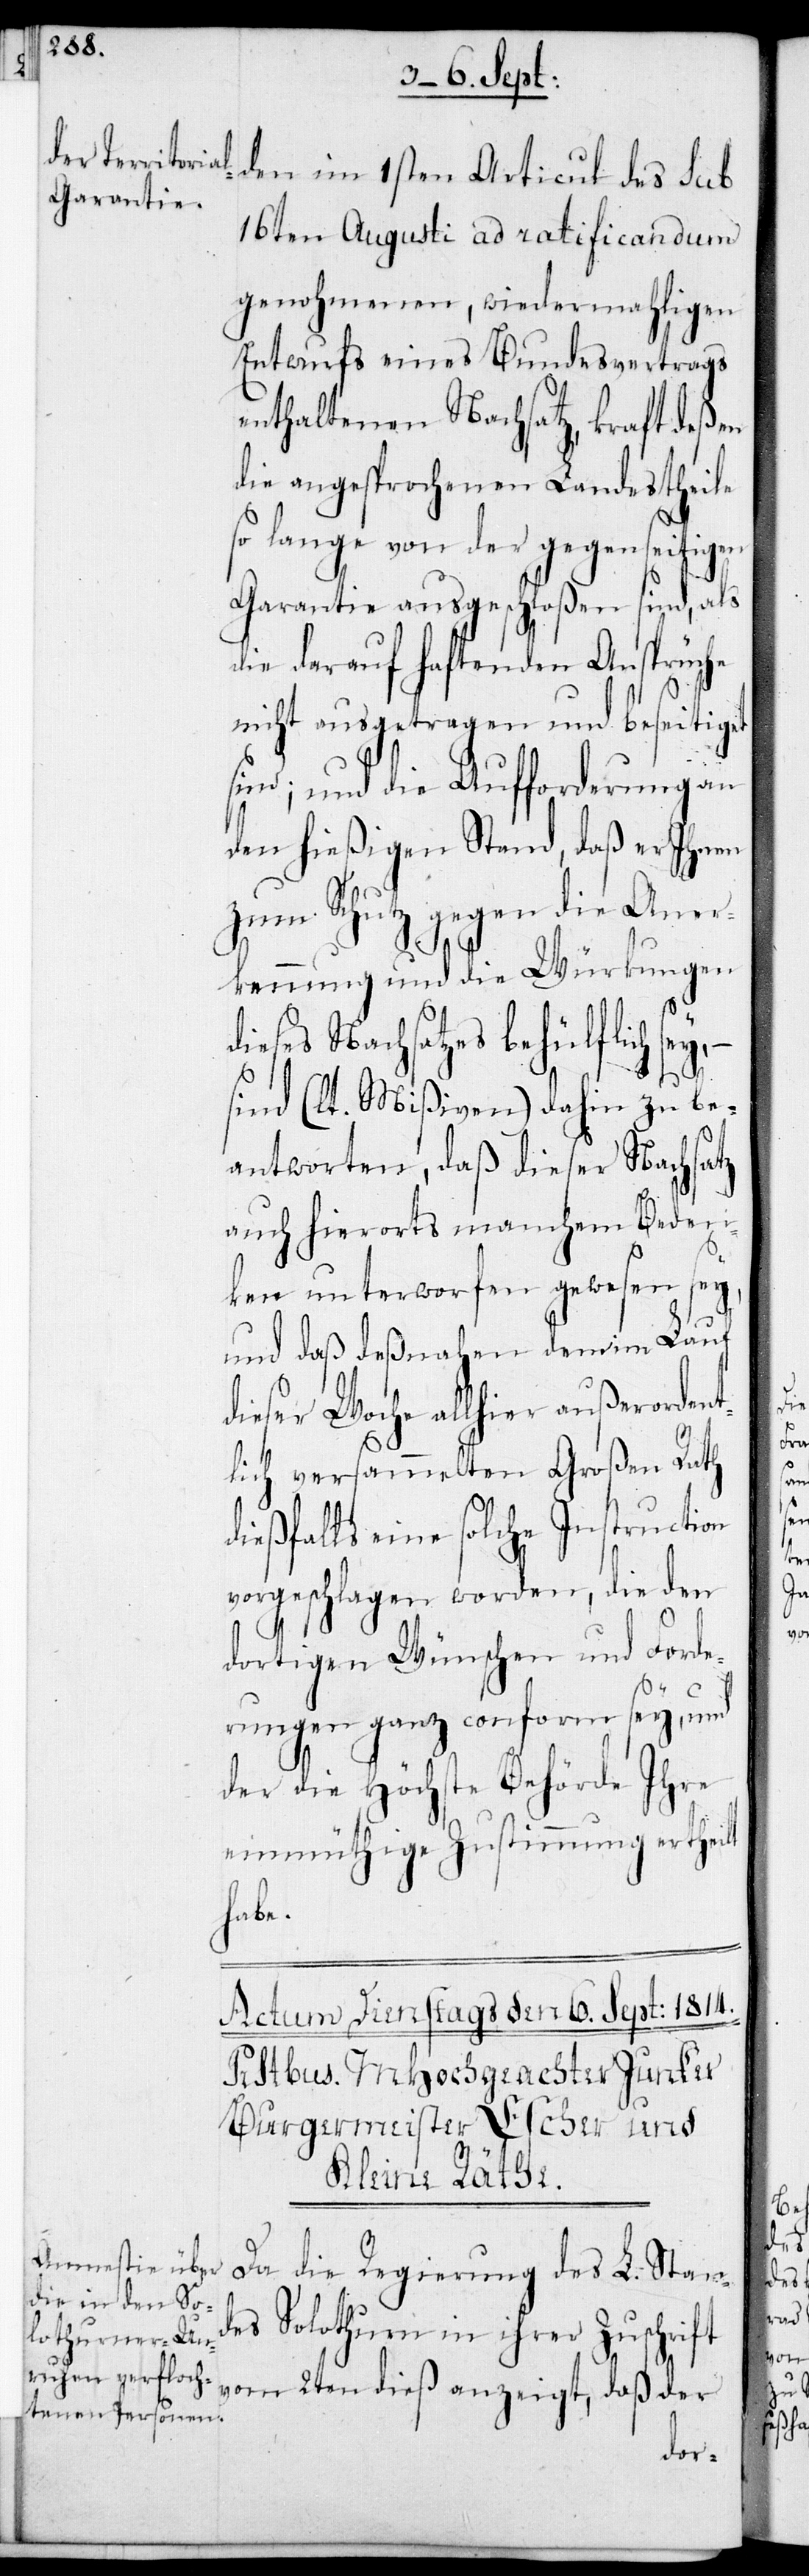
den im 1sten Articul des sub
16ten Augusti ad ratificandum
genohmenen, wiedermahligen
Entwurf eines Bundesvertrags
enthaltenen Nachsatz, kraft deßen
die angesprochenen Landestheile
so lange von der gegenseitigen
Garantie ausgeschloßen sind, als
die darauf haftenden Ansprüche
nicht ausgetragen und beseitiget
sind; und die Aufforderung an
den hießigen Stand, daß er ihnen
zum Schutz gegen die Aner¬
kennung und die Würkungen
d¬
ieses Nachsatzes behülflich sey,
sind (lt. Mißiven) dahin zu be¬
antworten, daß dieser Nachsatz
auch hierorts manchem Beden¬
ken unterworfen gewesen sey,
und daß desnahen dem im Lauf
dieser Woche allhier außerordent¬
lich versammelten Großen Rath
dießfalls eine solche Instruction
vorgeschlagen worden, die den
dortigen Wünschen und Forde¬
rungen ganz konform sey, und
der die höchste Behörde ihre
einmüthige Zustimmung ertheilt
habe.
Da die Regierung des L. Stand¬
es Solothurn in ihrer Zuschrift
dieß